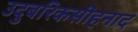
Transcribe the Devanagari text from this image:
उदुबरिकसीहनाद